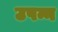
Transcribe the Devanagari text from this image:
उपन्न